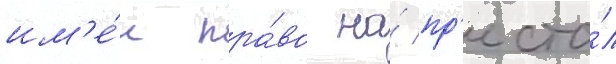
им'е́л пра́во на́ пр'есто́л